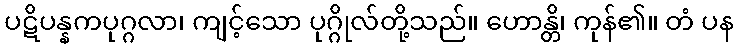
ပဋိပန္နကပုဂ္ဂလာ၊ ကျင့်သော ပုဂ္ဂိုလ်တို့သည်။ ဟောန္တိ၊ ကုန်၏။ တံ ပန